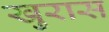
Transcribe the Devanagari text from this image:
खुरास